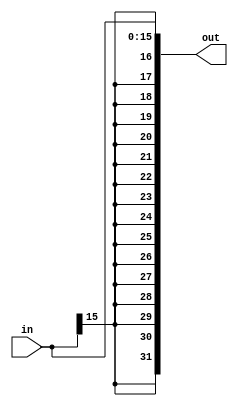
`timescale 1 ps / 100 fs
module signExtend(in, out);
	input [15:0] in;
	output [31:0] out;
	
	//replicate the sign bit 16 times, the rest of the number is composed of the input number
	assign out = {{16{in[15]}},in};
endmodule